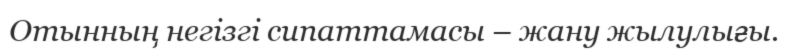
Отынның негізгі сипаттамасы – жану жылулығы.